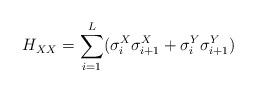
LaTeX: \begin{align*}H_{XX} =\sum^L_{i=1}( \sigma^X_i \sigma^X_{i+1} +\sigma^Y_i \sigma^Y_{i+1} )\end{align*}